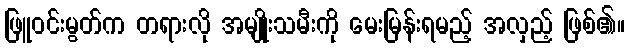
ဖြူဝင်းမွတ်က တရားလို အမျိုးသမီးကို မေးမြန်းရမည့် အလှည့် ဖြစ်၏။